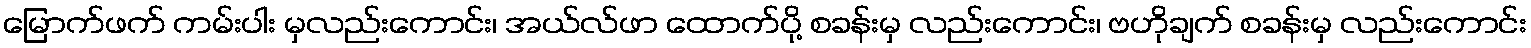
မြောက်ဖက် ကမ်းပါး မှလည်းကောင်း၊ အယ်လ်ဖာ ထောက်ပို့ စခန်းမှ လည်းကောင်း၊ ဗဟိုချက် စခန်းမှ လည်းကောင်း